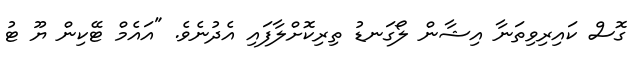
ގޮސް ކައިރިވިތަނާ އިޝާން ލޯގަނޑު ތިރިކޮށްލާފައި އެދުނެވެ. "އައެމް ޓޭކިން ޔޫ ޓު